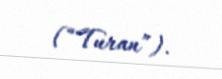
(“Turan”).